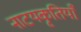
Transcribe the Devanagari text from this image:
नाटयकृतियाँ